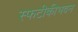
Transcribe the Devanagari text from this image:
स्फटीकीभवन